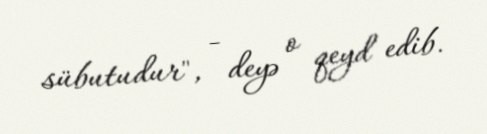
sübutudur", - deyə o qeyd edib.